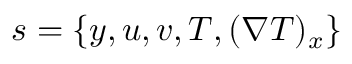
s = \{ y , u , v , T , ( \nabla T ) _ { x } \}